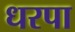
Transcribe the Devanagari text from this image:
धरपा